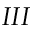
I I I